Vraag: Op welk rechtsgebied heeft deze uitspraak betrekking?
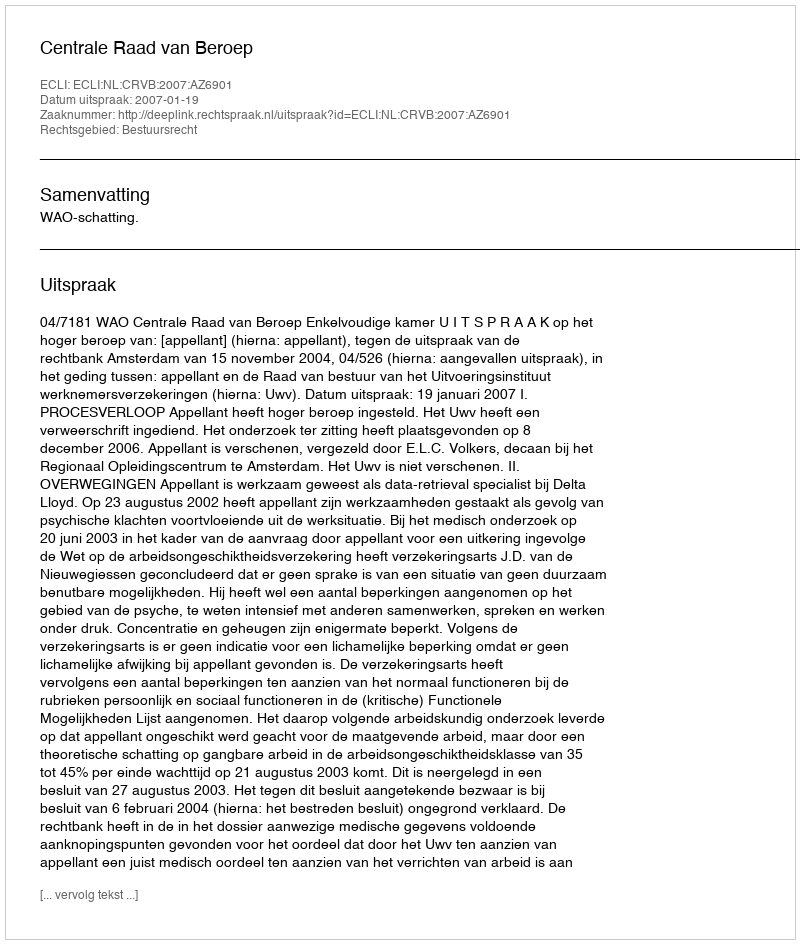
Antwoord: Bestuursrecht